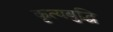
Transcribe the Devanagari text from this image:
कृत्यबुद्धि